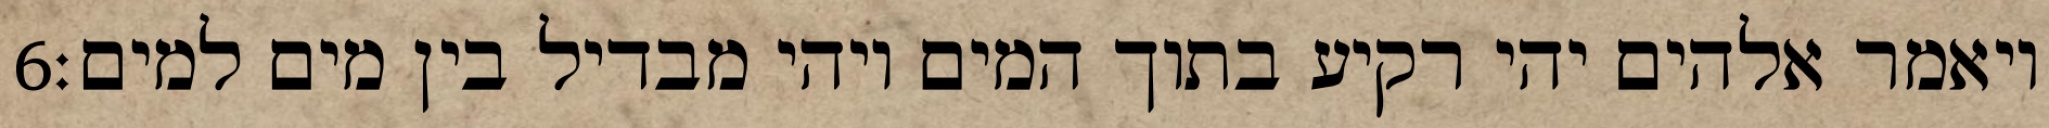
‎6‏ ויאמר אלהים יהי רקיע בתוך המים ויהי מבדיל בין מים למים׃